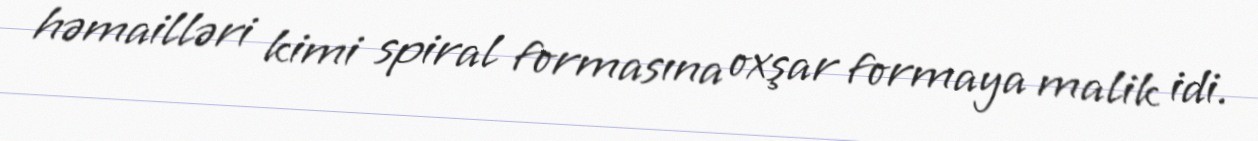
həmailləri kimi spiral formasına oxşar formaya malik idi.